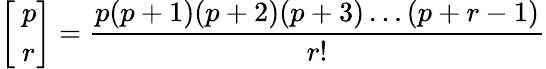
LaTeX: {\left[\begin{array}{l}{~p}\\ {~r}\end{array}\right]}={\frac{p(p+1)(p+2)(p+3)\dots(p+r-1)}{r!}}